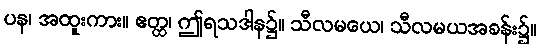
ပန၊ အထူးကား။ ဧတ္ထ၊ ဤရသဒါန၌။ သီလမယေ၊ သီလမယအခန်း၌။